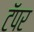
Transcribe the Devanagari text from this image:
टॅपर